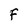
Character: F